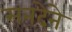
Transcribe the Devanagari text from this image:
सनदेने